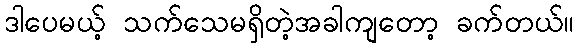
ဒါပေမယ့် သက်သေမရှိတဲ့အခါကျတော့ ခက်တယ်။